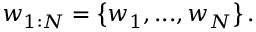
w _ { 1 : N } = \left\{ w _ { 1 } , . . . , w _ { N } \right\} .